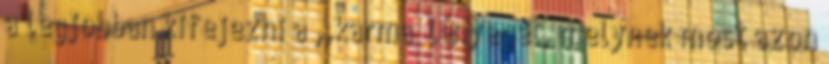
a legjobban kifejezni a ,,karma” lényegét, melynek most azon